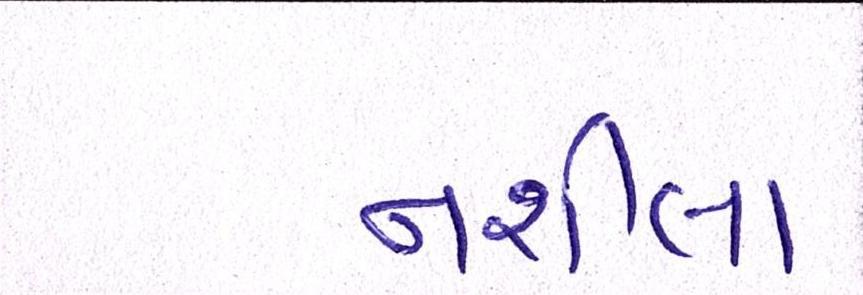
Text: નશીલા